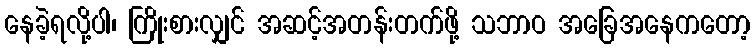
နေခဲ့ရလို့ပါ၊ ကြိုးစားလျှင် အဆင့်အတန်းတက်ဖို့ သဘာဝ အခြေအနေကတော့